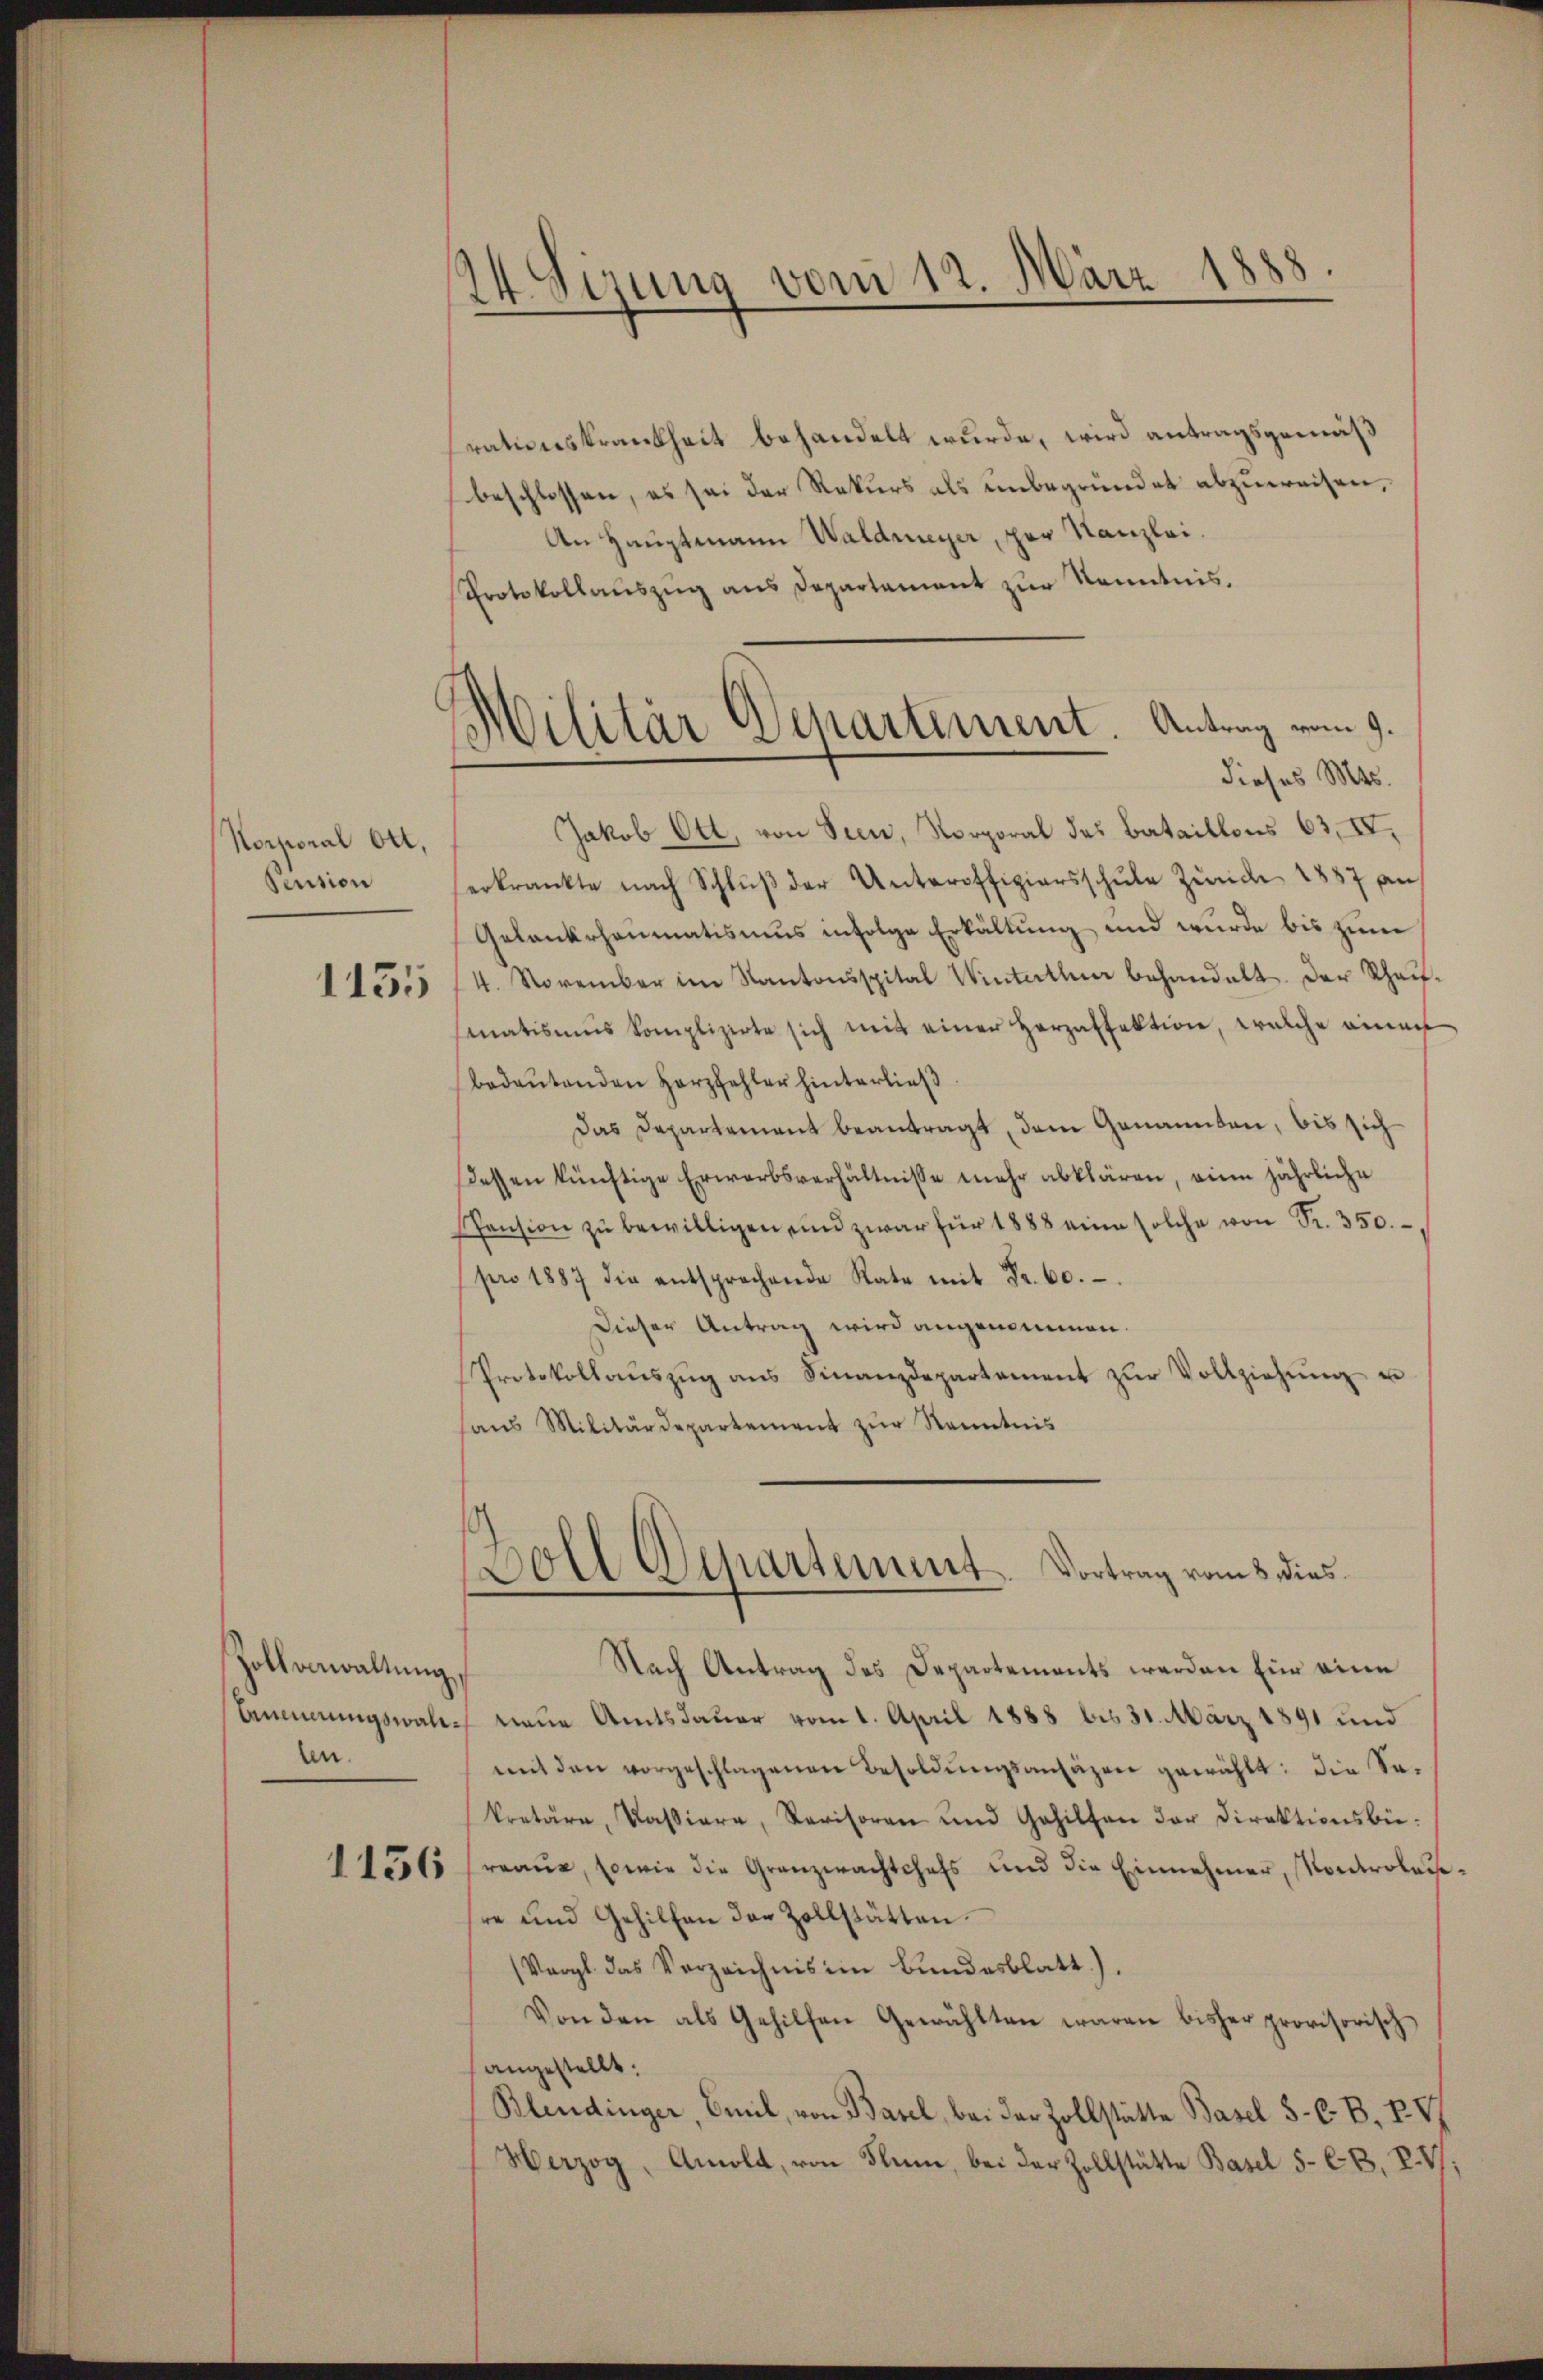
Korporal Ott,
Pension

1135

Hollorwaltung,
Linnerungswallen.

1136

14 Sirung vom 12. März 1888.

d
Militär Departement. Antrag vom 9.

rationskrankheit behandelt wurde, wird antragsgemäß
beschlossen, es sei der Rekurs als unbegründet abzuweisen,
An Hauptmann Waldmeyer, par Kanzlei.
Protokollauszug aus Departament zur Kenntnis.
dieses Mts.
Jakob Ott, von Seen, Norporal des Bataillons 63, IV,
erkrankte nach Schlŭβ der Unteroffiziersschŭle Zürich 1887 an
Gelankhaumatismus infolge Erkältung, und wurde bis zum
4. November im Kantonsspital Winterthur behandelt. Der Rhaif-
smatismus komplizirte sich mit einer Herzaffektion, welche einen
bedeŭtenden Herzfehler hinterließ
Das Departement beantragt, dem Genannten, bis sich
dessen künftige Erwerbsverhältnisse mehr abklären, eine jährliche
Pension zŭ bewilligen und zwar für 1888 eine solche von Fr. 350.
pro 1887 die entsprechende Rate mit Fr. 60.
Dieser Antrag wird angenommen.
Protokollaŭszŭg ans Finanzdepartament zŭr Vollziehŭng u
ans Militärdepartement zŭr Kenntnis

Soll Departement. Vortrag vom 8. dies

Nach Antrag des Departements werden für eine
neue Amtsdauer vom 1. April 1888 bis 31. März 1891 und
mit den vorgeschlagenen Besoldŭngsansäzen gewählt: die Sakretäre, Kassiere, Revisoren und Gehilten der Direktionsbie:
reae, sowie die Granzwachtchefs und die Einnehmer, Kontrolausre und Gehilfen der Zollstätten.
(Vergl. das Verzeichnis im Bundesblatt).
Von den als Gehilfen Gewählten waren bisher provisorisch
angestellt.
Blendinger, Emil, von Basel, bei der Zollstätte Basel 5 - C. B. P. V
Herzog, Amold, von Flum, bei der Zollstätte Basel 5- C.B. V. V